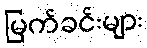
မြက်ခင်းများ